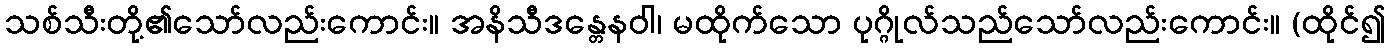
သစ်သီးတို့၏သော်လည်းကောင်း။ အနိသီဒန္တေနဝါ၊ မထိုက်သော ပုဂ္ဂိုလ်သည်သော်လည်းကောင်း။ (ထိုင်၍